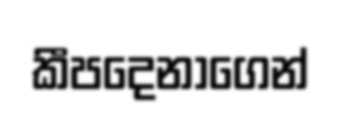
කීපදෙනාගෙන්